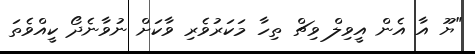
"ޔޫ އާ އެން އީވިލް ވިޗް ތިހާ މަކަރުވެރި ވާކަށް ނުވާނެދޯ ކީއްވެތަ